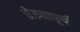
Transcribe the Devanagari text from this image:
चेतनापूर्ण